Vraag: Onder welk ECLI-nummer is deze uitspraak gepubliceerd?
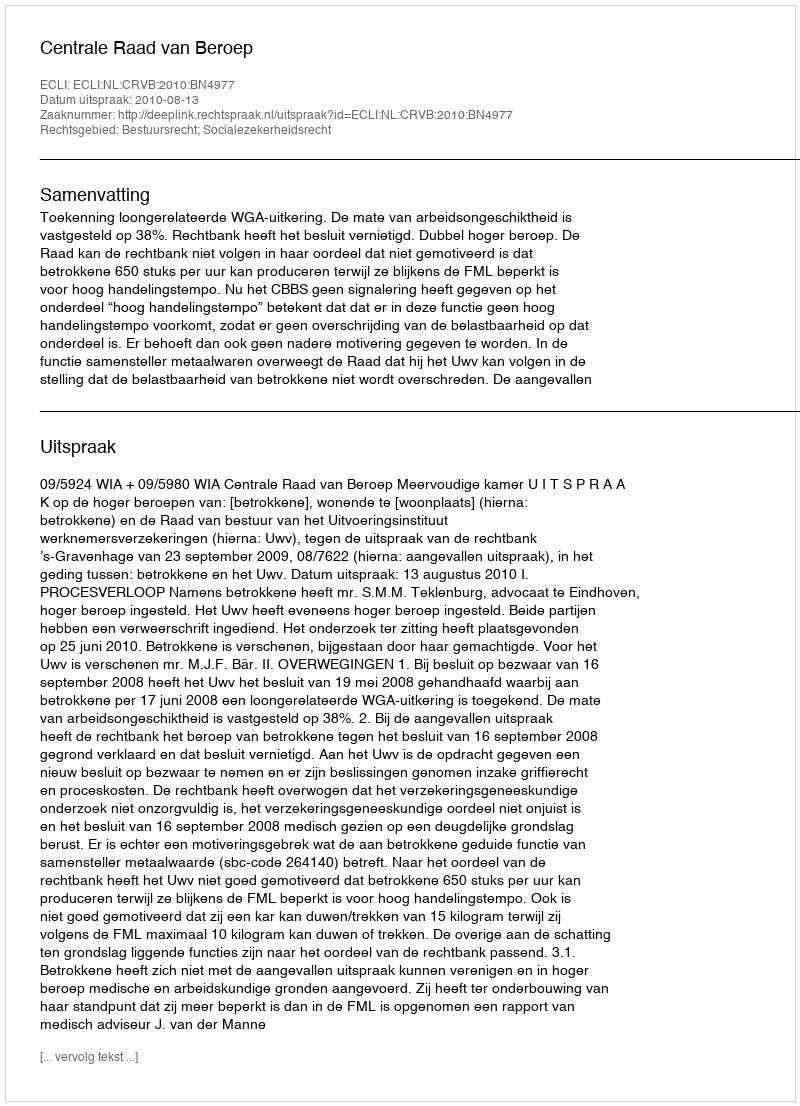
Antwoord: ECLI:NL:CRVB:2010:BN4977